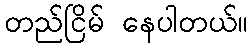
တည်ငြိမ် နေပါတယ်။